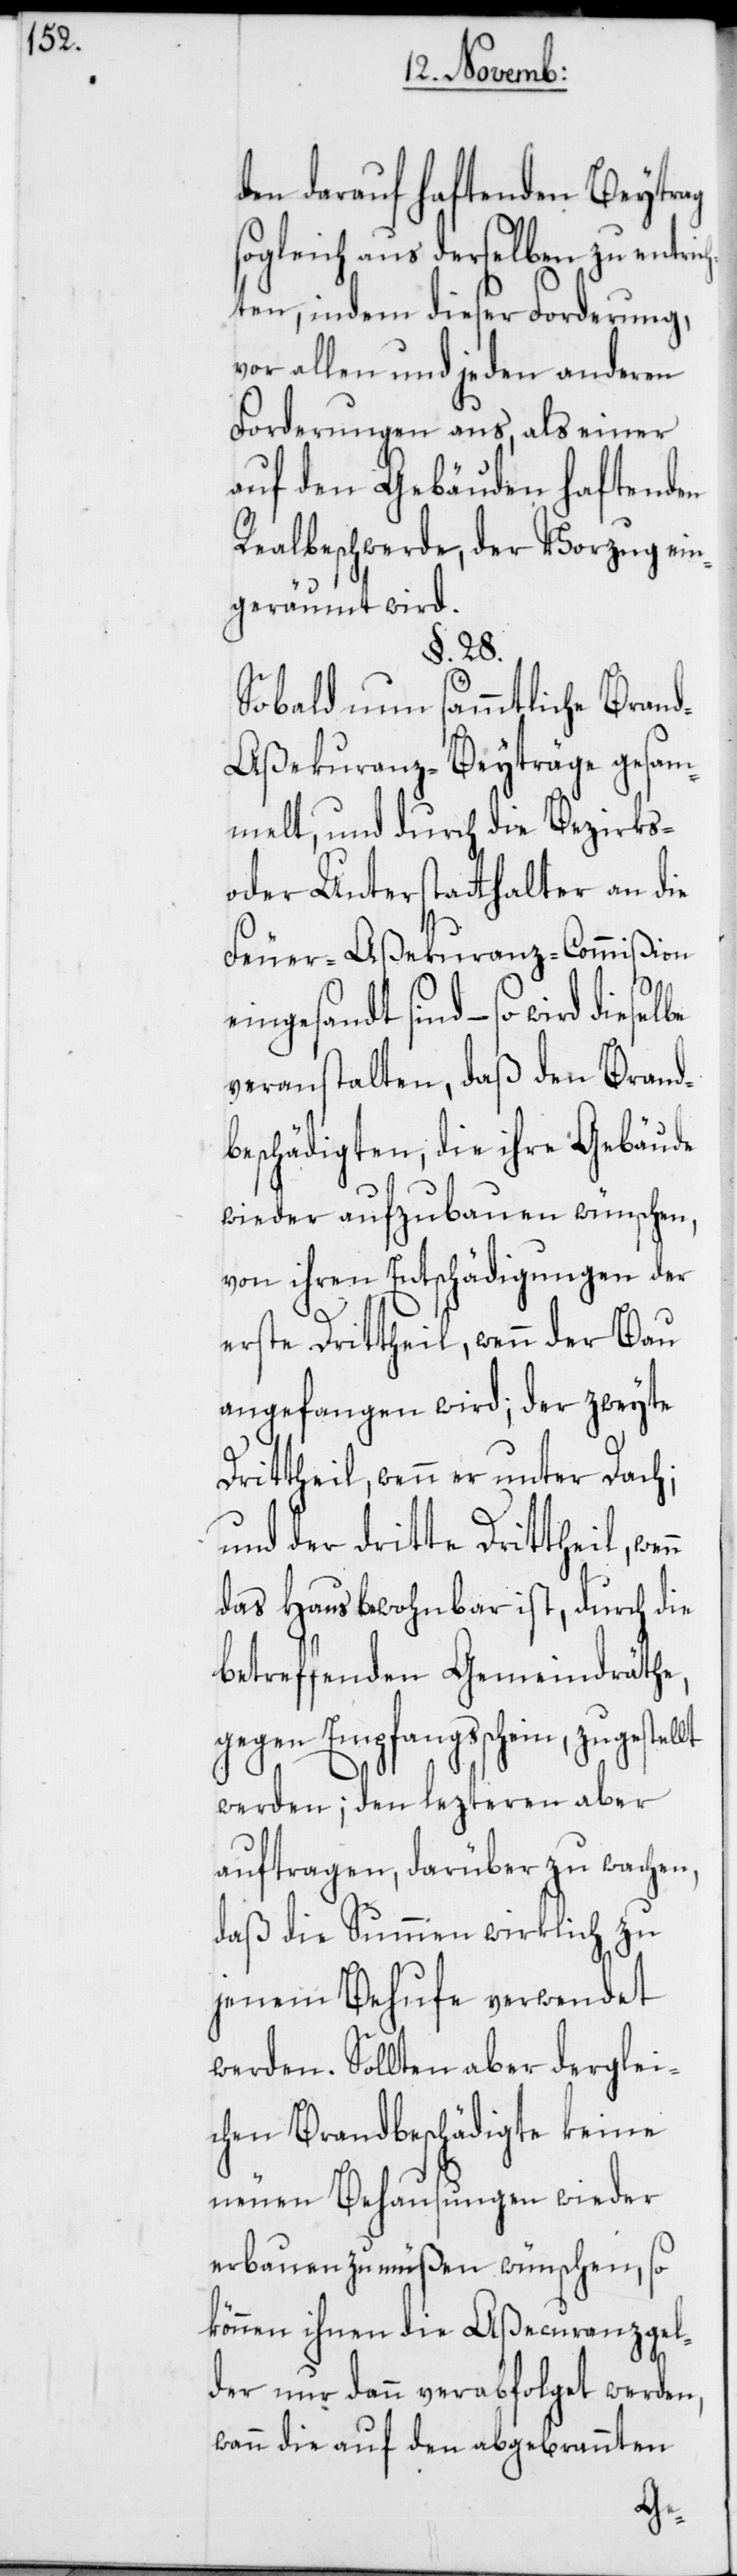
den darauf haftenden Beytrag
sogleich aus derselben zu entri¬
ten, indem diese Forderung,
vor allen und jeden anderen
Forderungen aus, als einer
auf den Gebäuden haftenden
Realbeschwerde, der Vorzug ein¬
geräumt wird.
§. 28.
Sobald nun sämmtliche Bran¬
d-Aßekuranz-Beyträge gesam¬
melt, und durch die Bezirks-
oder Unterstatthalter an die
Feuer-Aßekuranz-Commißion
sind – so wird dieselbe
veranstalten, daß den Brand¬
beschädigten, die ihre Gebäude
wieder aufzubauen wünschen,
von ihren Entschädigungen der
erste Drittheil, wenn der Bau
angefangen wird; der zweyte
Drittheil, wenn er unter Dach;
und der dritte Drittheil,
das Haus bewohnbar ist, durch die
betreffenden Gemeindräthe,
gegen Empfangsschein, zugestel¬
werden; den lezteren aber
auftragen, darüber zu wachen,
daß die Summen wirklich zu
jenem Behufe verwendet
werden. Sollten aber derglei¬
chen Brandbeschädigte keine
neuen Behausungen wieder
erbauen zu müßen wünschen, so
können ihnen die Aßecuranzgel¬
der nur dann verabfolget werden,
wenn die auf den abgebrannten
lt